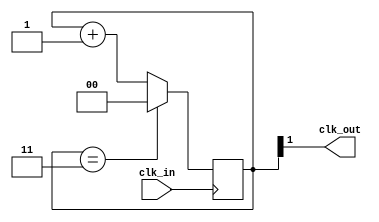
`timescale 1ns / 1ps
//////////////////////////////////////////////////////////////////////////////////
// Company: 
// Engineer: 
// 
// Design Name: 
// Module Name:    clock_divider 
// Project Name: 
// Target Devices: 
// Tool versions: 
// Description: 
//
// Dependencies: 
//
// Revision: 
// Revision 0.01 - File Created
// Additional Comments: 
//
//////////////////////////////////////////////////////////////////////////////////
module clock_divider(input wire clk_in, output wire clk_out);



	//-- Valor por defecto del divisor
	//-- Lo ponemos a 25MHz
	parameter M = 4;
	
	//-- Numero de bits para almacenar el divisor
	//-- Se calculan con la funcion de verilog $clog2, que nos devuelve el 
	//-- numero de bits necesarios para representar el numero M
	//-- Es un parametro local, que no se puede modificar al instanciar
	parameter N = $clog2(M);
		
	//-- Registro para implementar el contador modulo M
	reg [N-1:0] divcounter = 0;
		
	//-- Contador mdulo M
	always @(posedge clk_in)
	  divcounter <= (divcounter == M - 1) ? 0 : divcounter + 1;
		
	//-- Sacar el bit mas significativo por clk_out
	assign clk_out = divcounter[N-1];

endmodule